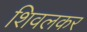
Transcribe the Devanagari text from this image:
शिवलकर